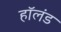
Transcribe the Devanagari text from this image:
हाॅलंड